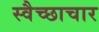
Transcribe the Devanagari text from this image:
स्‍वैच्‍छाचार